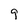
Character: 9